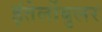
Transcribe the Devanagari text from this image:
इंतेर्लोबुलर